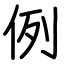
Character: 例